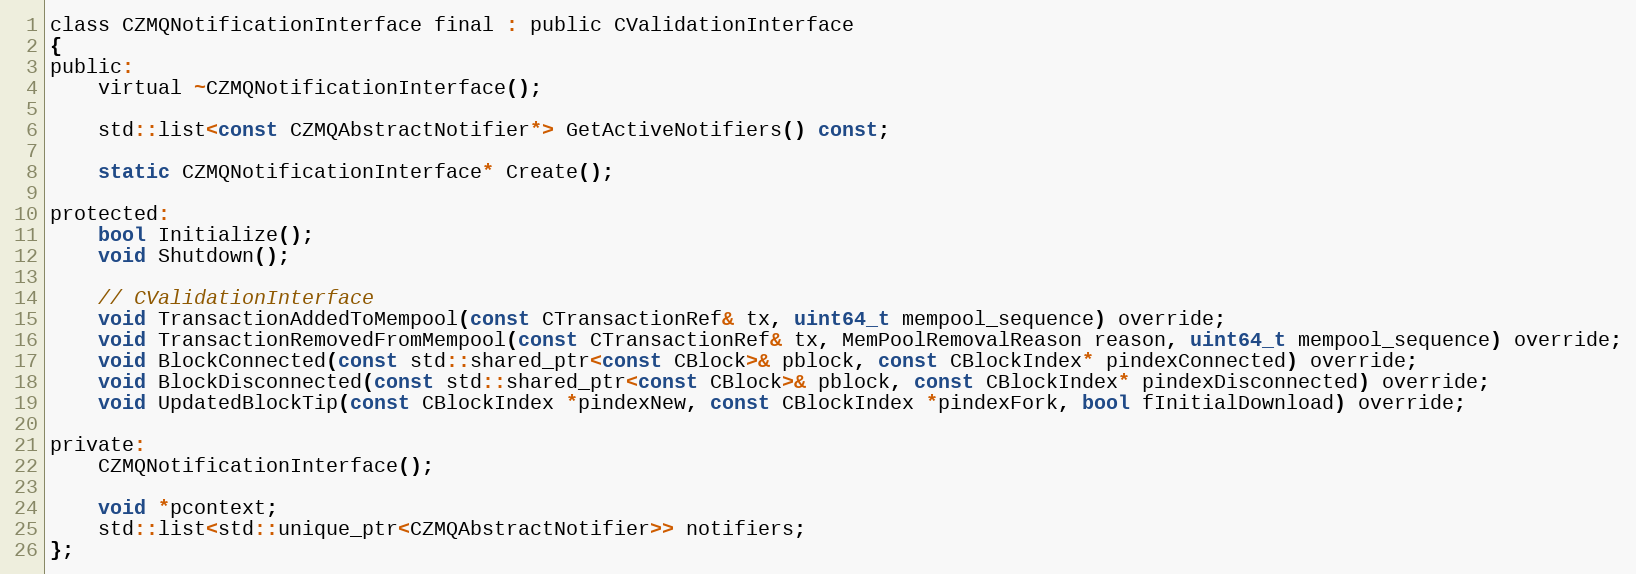
Language: C
class CZMQNotificationInterface final : public CValidationInterface
{
public:
    virtual ~CZMQNotificationInterface();

    std::list<const CZMQAbstractNotifier*> GetActiveNotifiers() const;

    static CZMQNotificationInterface* Create();

protected:
    bool Initialize();
    void Shutdown();

    // CValidationInterface
    void TransactionAddedToMempool(const CTransactionRef& tx, uint64_t mempool_sequence) override;
    void TransactionRemovedFromMempool(const CTransactionRef& tx, MemPoolRemovalReason reason, uint64_t mempool_sequence) override;
    void BlockConnected(const std::shared_ptr<const CBlock>& pblock, const CBlockIndex* pindexConnected) override;
    void BlockDisconnected(const std::shared_ptr<const CBlock>& pblock, const CBlockIndex* pindexDisconnected) override;
    void UpdatedBlockTip(const CBlockIndex *pindexNew, const CBlockIndex *pindexFork, bool fInitialDownload) override;

private:
    CZMQNotificationInterface();

    void *pcontext;
    std::list<std::unique_ptr<CZMQAbstractNotifier>> notifiers;
};